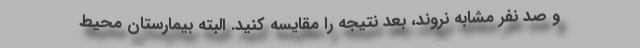
و صد نفر مشابه نروند، بعد نتیجه را مقایسه کنید. البته بیمارستان محیط